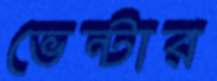
ভেন্টার